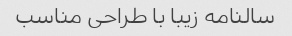
سالنامه زیبا با طراحی مناسب